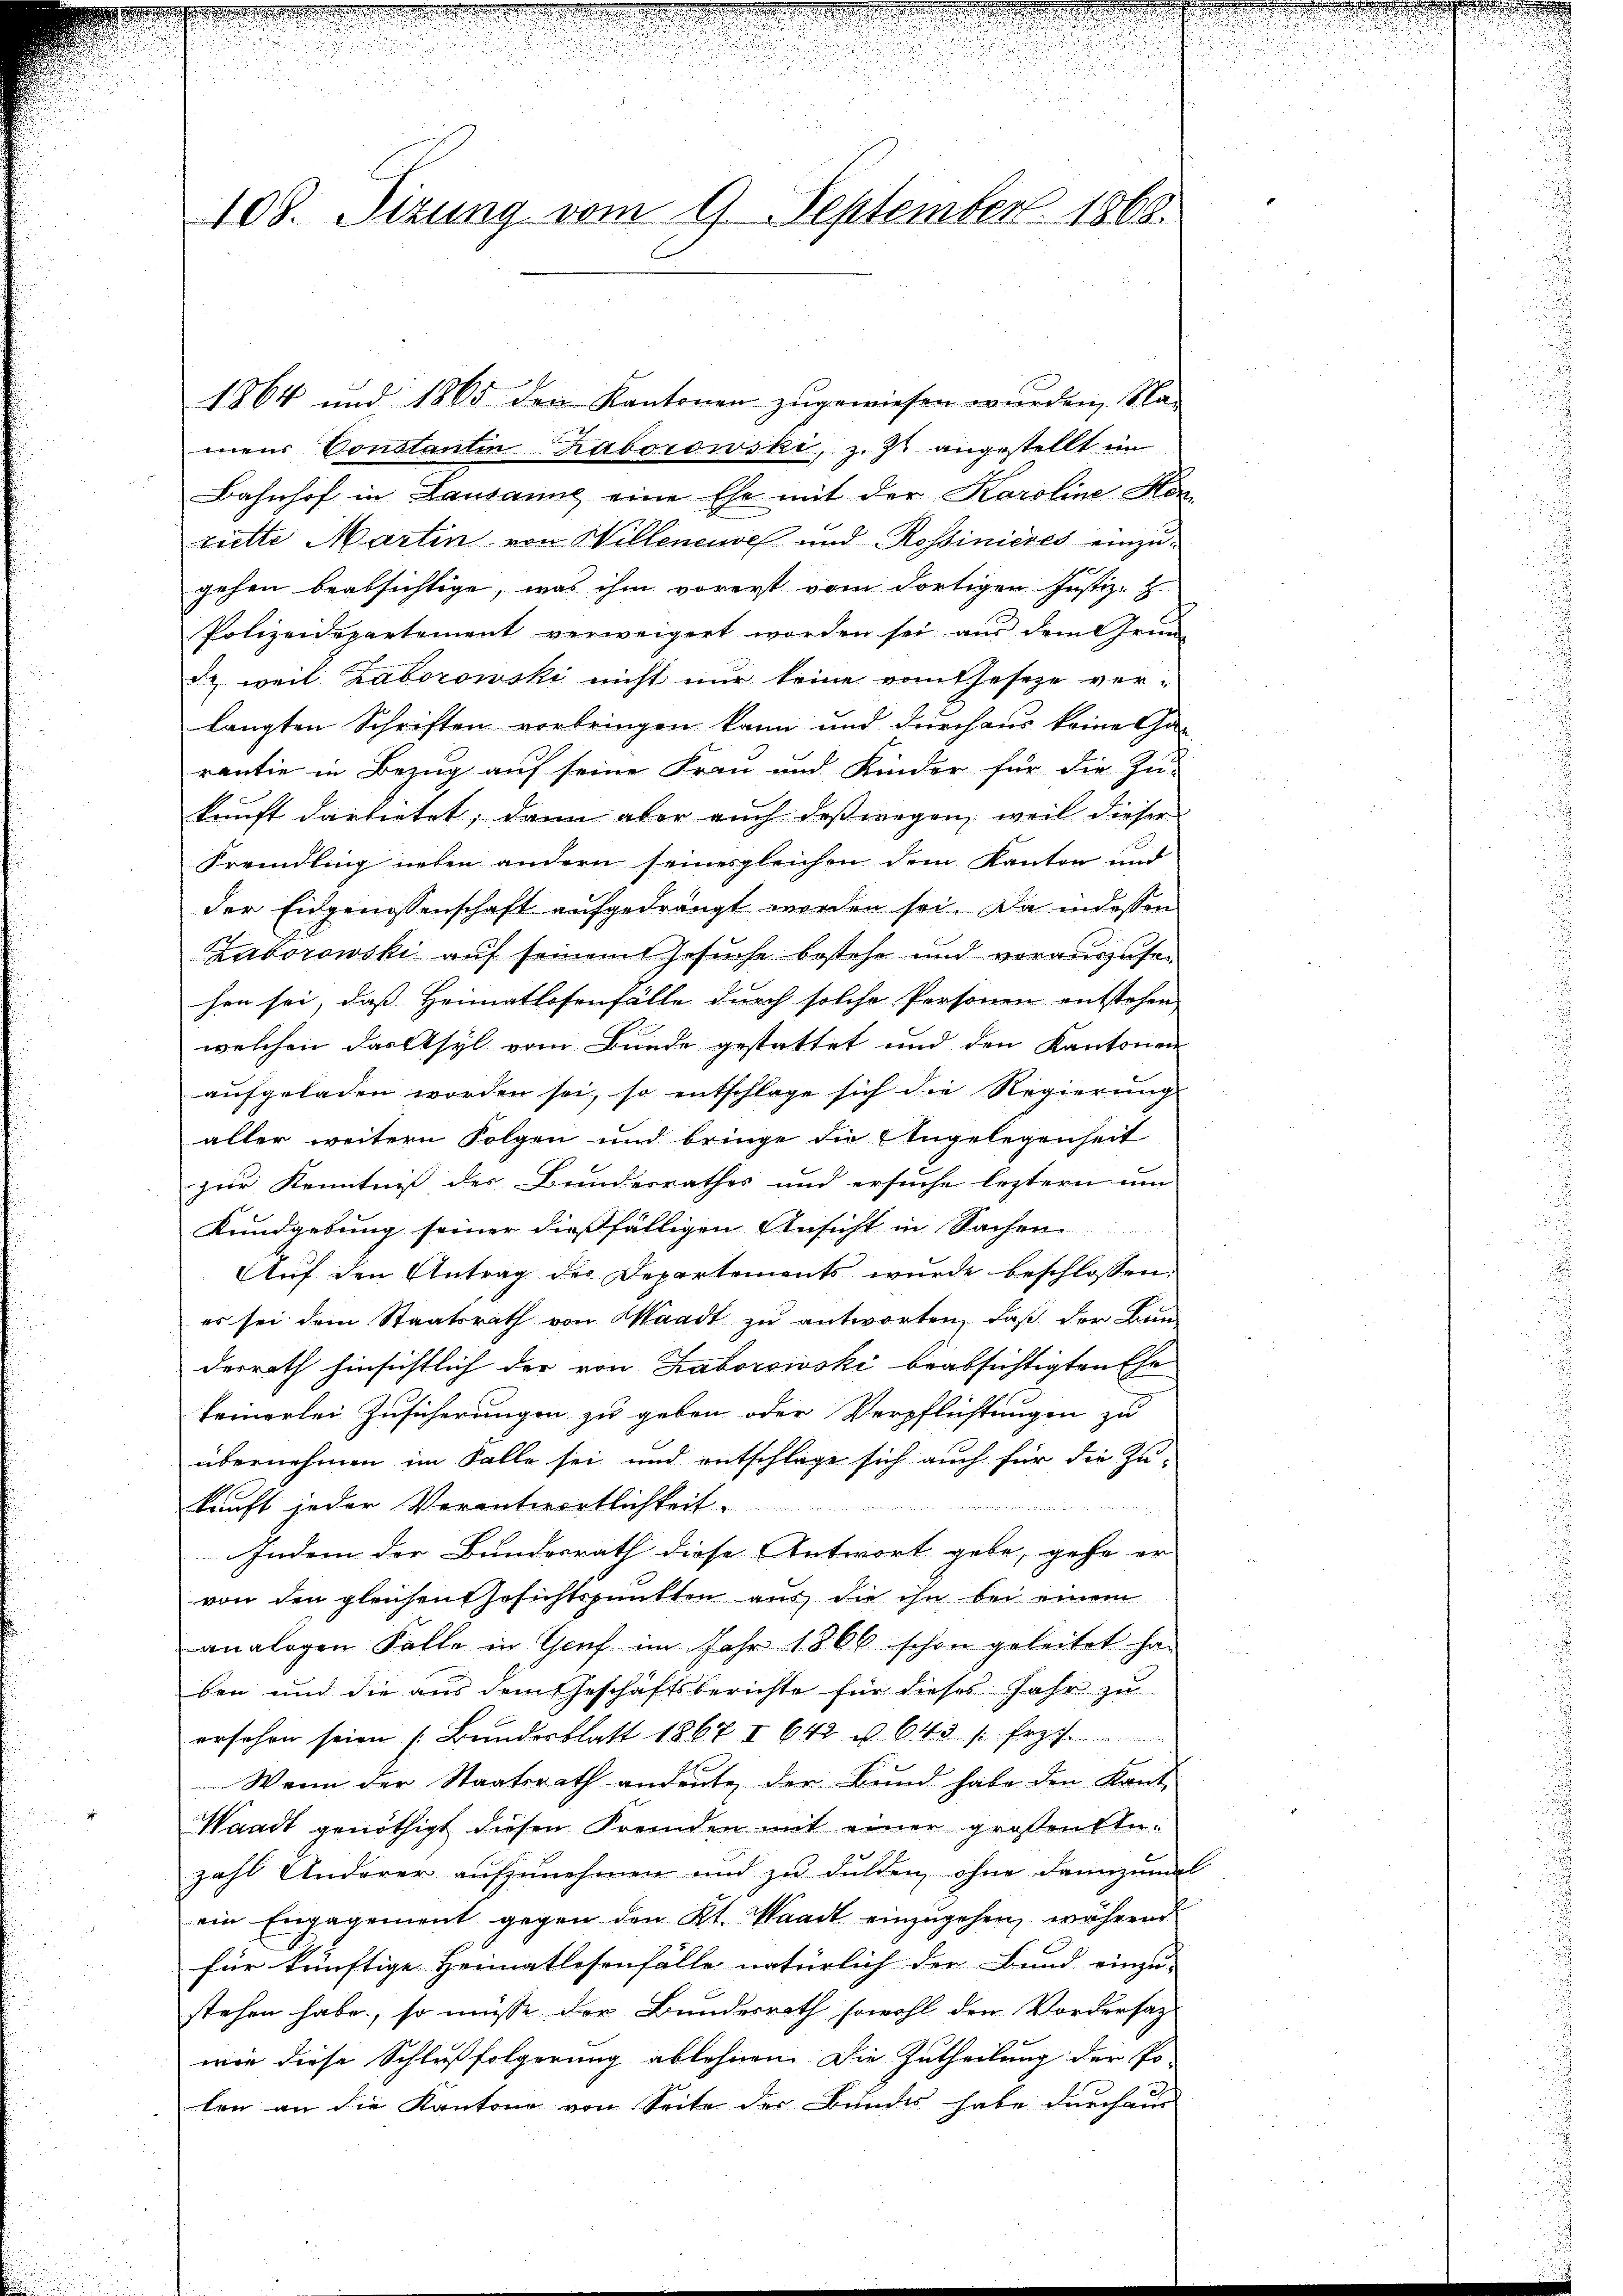
d

d

108. Sizung vom 9. September 1868.

1864 und 1865 den Kantonen zugewiesen wurden, Na-
mens Constantin aborowski, z. Z. angestellt in
Bahnhof in Lausanne eine Ehe mit der Karoline Hön
rütte Martin von Willeneuves und Rossinieres einzugehen beabsichtige, was ihm vorerst vom dortigen Justiz- u.
Polizeidepartement verweigert worden sei aŭs dem Grŭn-
& weil Laborowski nicht nur keine vom Geseze ver-
langten Schriften vorbringen kann und durchaus keine Gar
rantie in Bezug auf seine Frau und Kinder für die Zu-
kunft darbietet, dann aber auch deßwegen, weil dieser
Fremdling neben andern seinesgleichen dem Kanton und
der Eidgenossenschaft aufgedrängt worden sei. Da indessen
Zuborowski auf seinem Gesuche bestehe und vorauszusen
hen sei, dass Heimatlosenfälle durch solche Personen entstehen |
welchen darftsyl vom Bunde gestattet und den Kantonen
aufgeladen worden sei, so entschlage sich die Regierung
aller weitern Folgen und bringe die Angelegenheit
zur Kenntniß des Bundesrathes und ersuche leztern um
Kundgebung seiner dießfälligen Ansicht in Sachen
Auf den Antrag des Departements wurde beschlossen.
es sei dem Staatsrath von Waadt zu antworten, daß der Bun-
derrath hinsichtlich der von Laborowski beabsichtigten Ehe
feinerlei Zusicherungen zu geben oder Verpflichtungen zu
übernehmen im Falle sei und entschlage sich auch für die Zu-
kunft jeder Verantwortlichkeit.

e
Indem der Bundesrath diese Antwort gebe, gehe er
von den gleichen Gesichtspunkten aus die ihn bei einem
analogen Falle in Genf im Jahr 1866 schon geleitet ha
ben und die aus dem Geschäftsberichte für dieses Jahr zu
ersehen seien (Bŭndesblatt 1867 I 642 u. 643 s. frz.
Wenn der Staatsrath andeute der Bund habe den Kant
Waadt genöthigt diesen Fremden mit einer großenstu-
zahl Anderer aŭfzŭnehmen und zŭ dulden, ohne dannzumal
ein Engagement gegen den Kt. Waadt einzugehen, während
für künftige Heimatlosenfälle natürlich der Bund einzu-
stehen habe, so müsse der Bundesrath sowohl den Vordersag
wie diese Schlußfolgerung ablehnen. Die Zutheilung der Po-
len an die Kantone von Seite der Bundes habe durchau

2

d